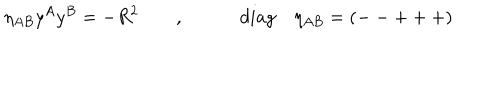
LaTeX: \eta _ { A B } y ^ { A } y ^ { B } = - R ^ { 2 } \quad \quad , \qquad \quad d i a g \quad \eta _ { A B } = ( -- + + + )